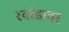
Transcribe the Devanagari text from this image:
रवांडावर